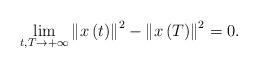
LaTeX: \begin{align*}\lim_{t,T\rightarrow+\infty}\left\Vert x\left( t\right) \right\Vert^{2}-\left\Vert x\left( T\right) \right\Vert ^{2}=0.\end{align*}